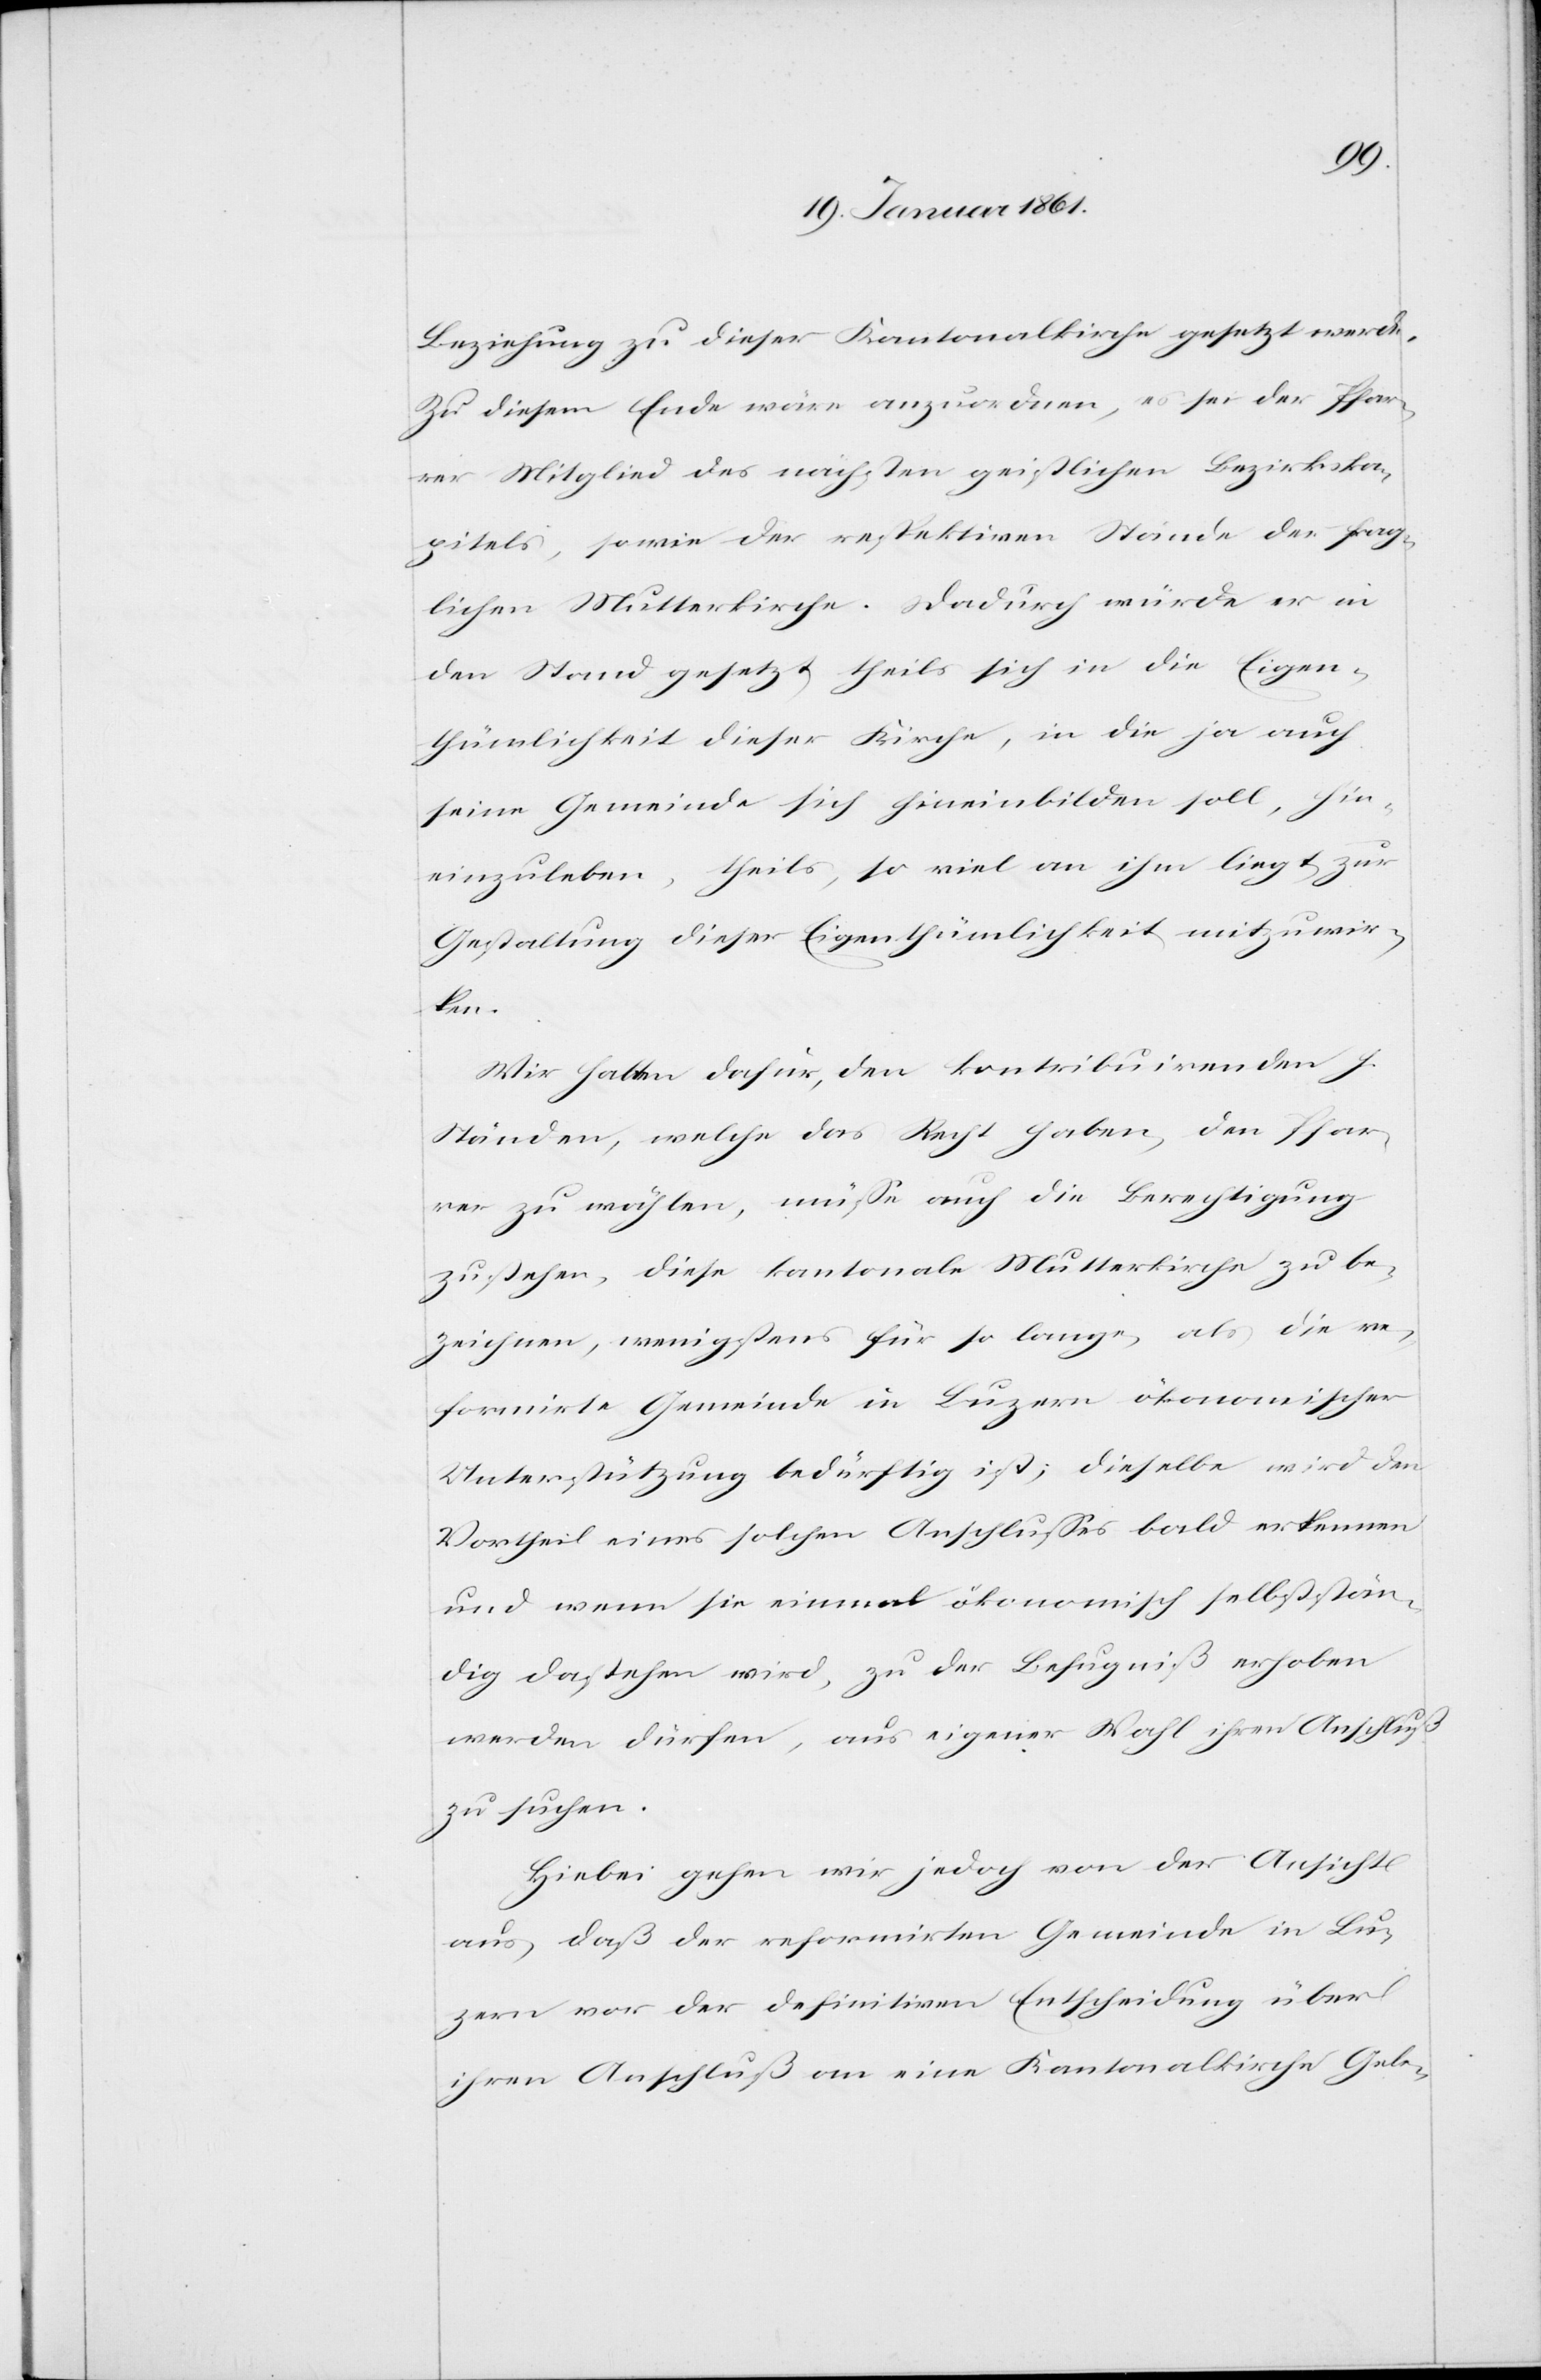
Beziehung zu dieser Kantonalkirche gesetzt werde.
Zu diesem Ende wäre anzuordnen, es sei der Pfar¬
rer Mitglied des nächsten geistlichen Bezirkska¬
pitels, so wie der respektiven Stände der frag¬
lichen Mutterkirche. Dadurch würde er in
den Stand gesetzt, theils sich in die Eigen¬
thümlichkeit dieser Kirche, in die ja auch
seine Gemeinde sich hineinbilden soll, hin¬
einzuleben, theils, so viel an ihm liegt zur
Gestaltung dieser Eigenthümlichkeit mitzuwir¬
ken.
Wir halten dafür, den kontribuirenden h.
Ständen, welche das Recht haben, den Pfar¬
rer zu wählen, müsse auch die Berechtigung
zustehen, diese kantonale Mutterkirche zu be¬
zeichnen, wenigstens für so lange, als die re¬
formirte Gemeinde in Luzern ökonomischer
Unterstützung bedürftig ist; dieselbe wird den
Vortheil eines solchen Anschlusses bald erkennen
und wenn sie einmal ökonomisch selbststän¬
dig dastehen wird, zu der Befugniß erhoben
werden dürfen, aus eigener Wahl ihren Anschluß
zu suchen.
Hiebei gehen wir jedoch von der Ansicht
aus, daß der reformirten Gemeinde in Lu¬
zern vor der definitiven Entscheidung über
ihren Anschluß an eine Kantonalkirche Gele-